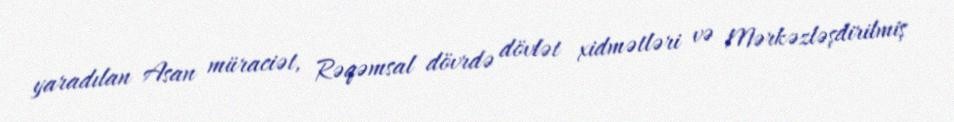
yaradılan Asan müraciət, Rəqəmsal dövrdə dövlət xidmətləri və Mərkəzləşdirilmiş